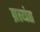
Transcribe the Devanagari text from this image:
प्रत्‍यंत